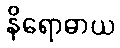
နိရောဓာယ